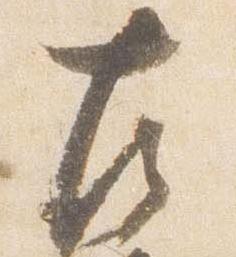
左